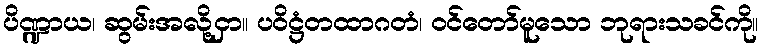
ပိဏ္ဍာယ၊ ဆွမ်းအလို့ငှာ။ ပဝိဋ္ဌံတထာဂတံ၊ ဝင်တော်မူသော ဘုရားသခင်ကို။